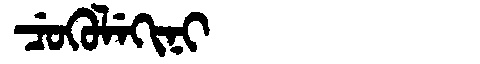
Manchu: ᠴᡠᡴᡠᠯᡝᡴᡳᠨᡳ
Romanization: CUKULEKINI